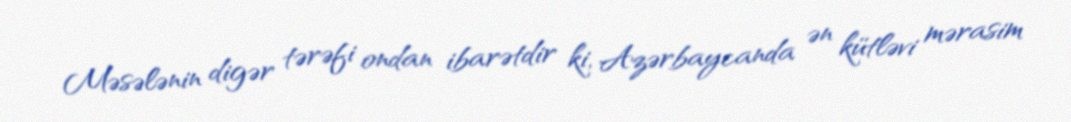
Məsələnin digər tərəfi ondan ibarətdir ki, Azərbaycanda ən kütləvi mərasim